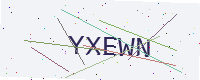
Text: YXEWN